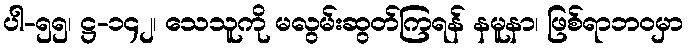
ပါ-၅၅၊ ဋ္ဌ-၁၄၂၊ သေသူကို မလွမ်းဆွတ်ကြရန် နမူနာ၊ ဖြစ်ရာဘဝမှာ